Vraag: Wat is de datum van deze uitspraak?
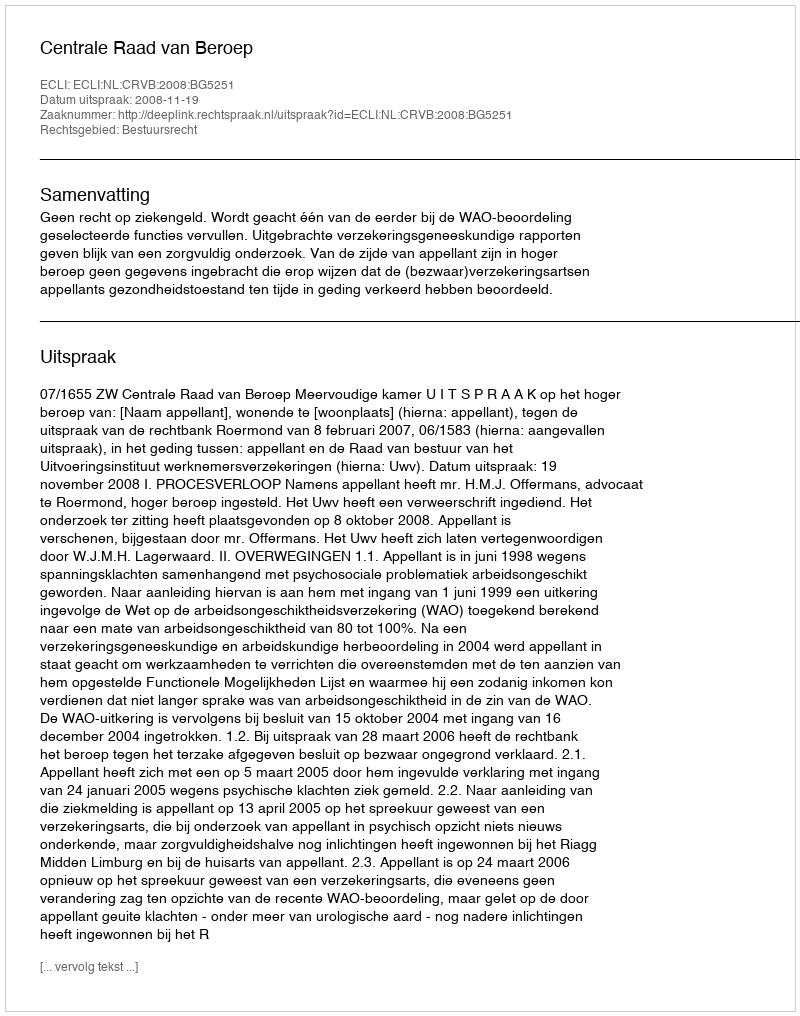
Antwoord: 2008-11-19